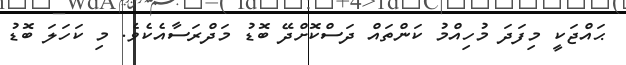
ޙައްޖަކީ މިފަދަ މުހިއްމު ކަންތައް ދަސްކޮށްދޭ ބޮޑު މަދްރަސާއެކެވެ. މި ކަހަލަ ބޮޑު